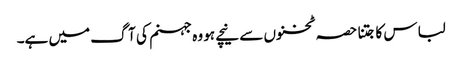
لباس کا جتنا حصہ ٹخنوں سے نیچے ہو وہ جہنم کی آگ میں ہے۔